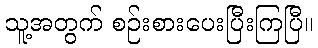
သူ့အတွက် စဉ်းစားပေးပြီးကြပြီ။